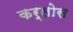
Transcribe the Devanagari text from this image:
कर्लोस